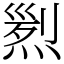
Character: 煭